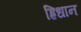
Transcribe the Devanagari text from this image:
ह्रिधान